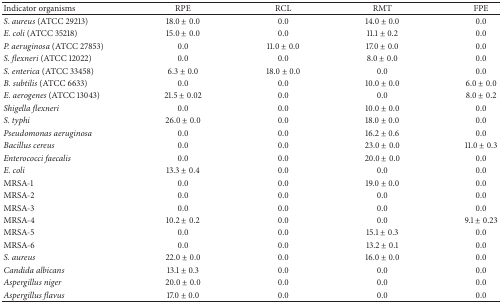
| Indicator organisms | RPE | RCL | RMT | FPE |
 | --- | --- | --- | --- | --- |
 | S. aureus (ATCC 29213) | 18.0 ± 0.0 | 0.0 | 14.0 ± 0.0 | 0.0 |
 | E. coli (ATCC 35218) | 15.0 ± 0.0 | 0.0 | 11.1 ± 0.2 | 0.0 |
 | P. aeruginosa (ATCC 27853) | 0.0 | 11.0 ± 0.0 | 17.0 ± 0.0 | 0.0 |
 | S. flexneri (ATCC 12022) | 0.0 | 0.0 | 8.0 ± 0.0 | 0.0 |
 | S. enterica (ATCC 33458) | 6.3 ± 0.0 | 18.0 ± 0.0 | 0.0 | 0.0 |
 | B. subtilis (ATCC 6633) | 0.0 | 0.0 | 10.0 ± 0.0 | 6.0 ± 0.0 |
 | E. aerogenes (ATCC 13043) | 21.5 ± 0.02 | 0.0 | 0.0 | 8.0 ± 0.2 |
 | Shigella flexneri | 0.0 | 0.0 | 10.0 ± 0.0 | 0.0 |
 | S. typhi | 26.0 ± 0.0 | 0.0 | 18.0 ± 0.0 | 0.0 |
 | Pseudomonas aeruginosa | 0.0 | 0.0 | 16.2 ± 0.6 | 0.0 |
 | Bacillus cereus | 0.0 | 0.0 | 23.0 ± 0.0 | 11.0 ± 0.3 |
 | Enterococci faecalis | 0.0 | 0.0 | 20.0 ± 0.0 | 0.0 |
 | E. coli | 13.3 ± 0.4 | 0.0 | 0.0 | 0.0 |
 | MRSA-1 | 0.0 | 0.0 | 19.0 ± 0.0 | 0.0 |
 | MRSA-2 | 0.0 | 0.0 | 0.0 | 0.0 |
 | MRSA-3 | 0.0 | 0.0 | 0.0 | 0.0 |
 | MRSA-4 | 10.2 ± 0.2 | 0.0 | 0.0 | 9.1 ± 0.23 |
 | MRSA-5 | 0.0 | 0.0 | 15.1 ± 0.3 | 0.0 |
 | MRSA-6 | 0.0 | 0.0 | 13.2 ± 0.1 | 0.0 |
 | S. aureus | 22.0 ± 0.0 | 0.0 | 16.0 ± 0.0 | 0.0 |
 | Candida albicans | 13.1 ± 0.3 | 0.0 | 0.0 | 0.0 |
 | Aspergillus niger | 20.0 ± 0.0 | 0.0 | 0.0 | 0.0 |
 | Aspergillus flavus | 17.0 ± 0.0 | 0.0 | 0.0 | 0.0 |